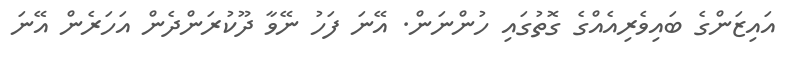
އައިޒަންގެ ބައިވެރިއެއްގެ ގޮތުގައި ހުންނަން. އޭނަ ފަހު ނޭވާ ދޫކުރަންދެން އަހަރެން އޭނަ